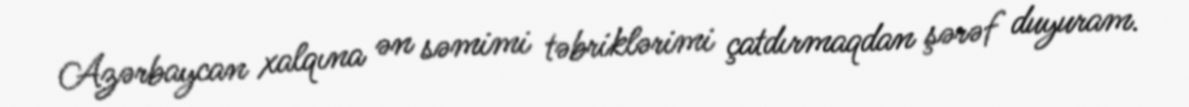
Azərbaycan xalqına ən səmimi təbriklərimi çatdırmaqdan şərəf duyuram.